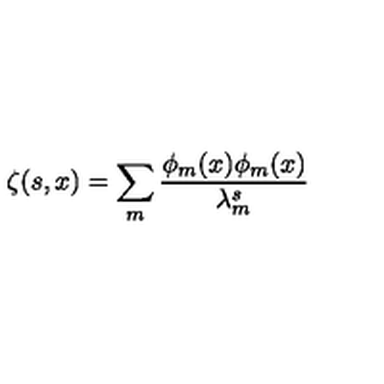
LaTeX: \zeta ( s , x ) = \sum _ { m } \frac { \phi _ { m } ( x ) \phi _ { m } ( x ) } { \lambda _ { m } ^ { s } }